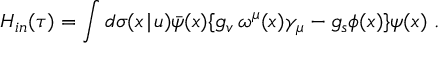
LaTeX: H _ { i n } ( \tau ) = \int d \sigma ( x \! \mid \! u ) \bar { \psi } ( x ) \{ g _ { v } \, \omega ^ { \mu } ( x ) \gamma _ { \mu } - g _ { s } \phi ( x ) \} \psi ( x ) \mathrm { ~ . }